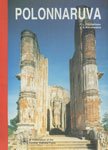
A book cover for Sigiriya: City, palace, and royal gardens; Senake Bandaranayake; Travel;